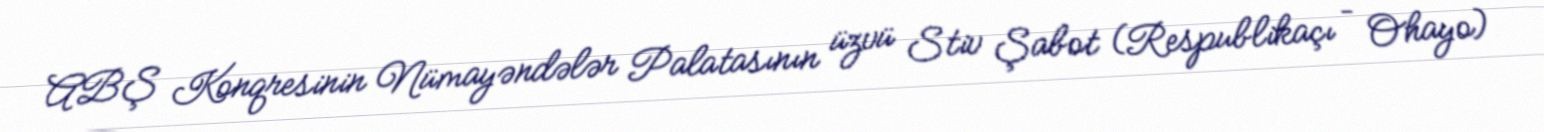
ABŞ Konqresinin Nümayəndələr Palatasının üzvü Stiv Şabot (Respublikaçı – Ohayo)